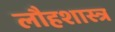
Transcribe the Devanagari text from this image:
लौहशास्त्र